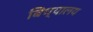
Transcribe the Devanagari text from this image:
बिध्यालय